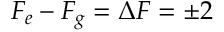
F _ { e } - F _ { g } = \Delta F = \pm 2